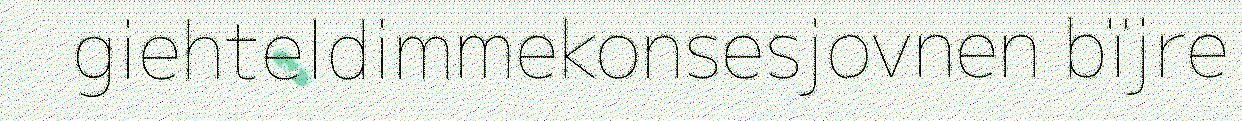
giehteldimmekonsesjovnen bïjre